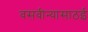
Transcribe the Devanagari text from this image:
वसवीन्यासाठई